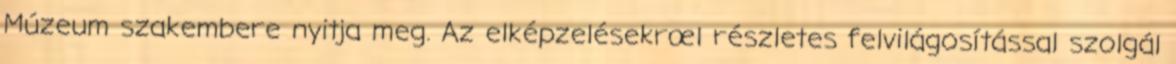
Múzeum szakembere nyitja meg. Az elképzelésekrœl részletes felvilágosítással szolgál